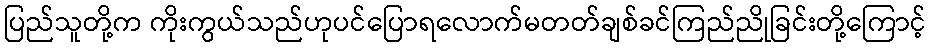
ပြည်သူတို့က ကိုးကွယ်သည်ဟုပင်ပြောရလောက်မတတ်ချစ်ခင်ကြည်ညိုခြင်းတို့ကြောင့်